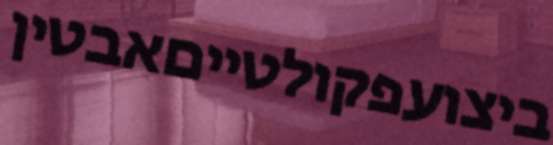
ביצועפקולטייםאבטין